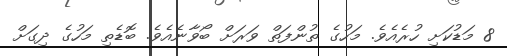
8 މަޑުކަށި ހުރެއެވެ. މަހުގެ ތުންފަތް ވަރަށް ބޯވާނެއެވެ. ބޮޑެތި މަހުގެ ދިގަށް